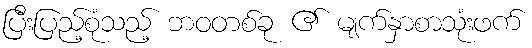
ပြီးပြည့်စုံသည့် ဘဝတစ်ခု ၏ မျက်နှာစာသုံးဖက်